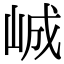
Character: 峸